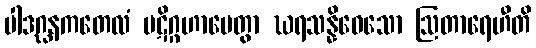
ပါဒဂ္ဃနကတေလံ ပဋိဂ္ဂဟာပေတွာ ဃရသန္နိဝေသော ဩတာရေဟီတိ